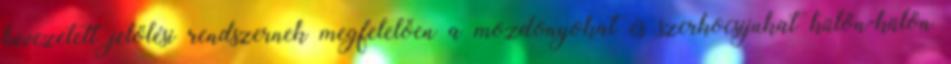
bevezetett jelölési rendszernek megfelelően a mozdonyokat és szerkocsijukat külön-külön